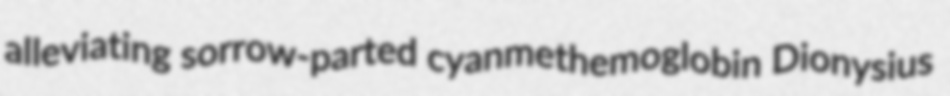
alleviating sorrow-parted cyanmethemoglobin Dionysius